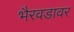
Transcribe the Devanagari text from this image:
भैरवडावर